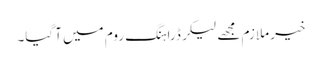
خیر ملازم مجھے لیکر ڈراہنگ روم میں آ گیا۔